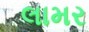
લામર